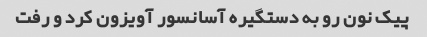
پیک نون رو‌ به‌ دستگیره آسانسور آویزون کرد و‌ رفت